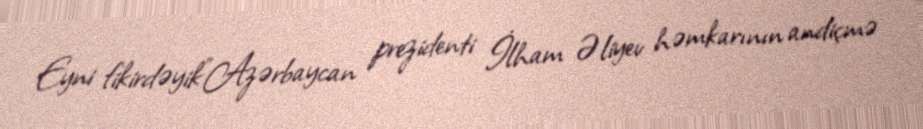
Eyni fikirdəyik"Azərbaycan prezidenti İlham Əliyev həmkarının andiçmə